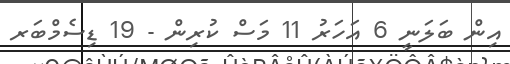
އިން ބަލަނީ 6 އަހަރު 11 މަސް ކުރިން - 19 ޑިސެމްބަރ